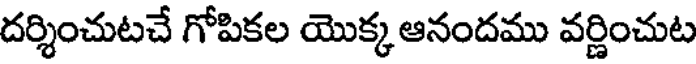
దర్శించుటచే గోపికల యొక్క ఆనందము వర్ణించుట